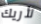
لأريك